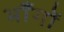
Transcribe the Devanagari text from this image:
भाँगों